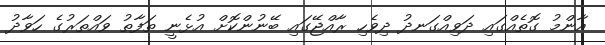
އާންމު ގޮތެއްގައި ދަވިއްގަނދު ދިވެހި ރާއްޖޭގައި ބޭނުންކޮށް އުޅެނީ ތަފާތު ވައްތަރުގެ ހަވާދު